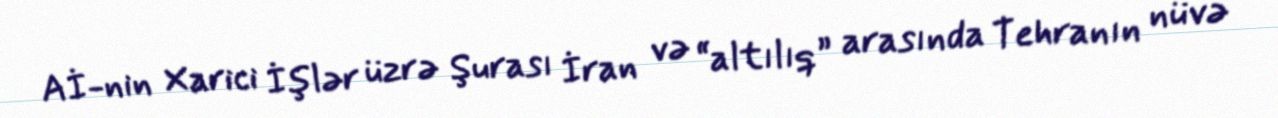
Aİ-nin Xarici İşlər üzrə Şurası İran və “altılıq” arasında Tehranın nüvə